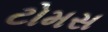
ટોમસ